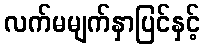
လက်မမျက်နှာပြင်နှင့်